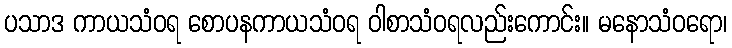
ပသာဒ ကာယသံဝရ စောပနကာယသံဝရ ဝါစာသံဝရလည်းကောင်း။ မနောသံဝရော၊